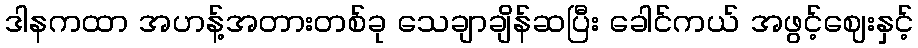
ဒါနကထာ အဟန့်အတားတစ်ခု သေချာချိန်ဆပြီး ခေါင်ကယ် အဖွင့်ဈေးနှင့်